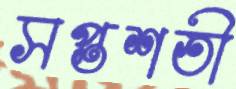
সপ্তশতী